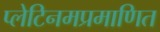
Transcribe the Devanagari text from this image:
प्लेटिनमप्रमाणित